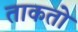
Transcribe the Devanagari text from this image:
ताकतो